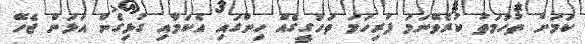
ކަމަށް ތުހުމަތު ކުރެވޭނަަމަ ފުރިހަމަ ތަހުގީގެއް ހިންގައި އެކަމާއި ގުޅިގެން އަޅަން ޖެހޭ